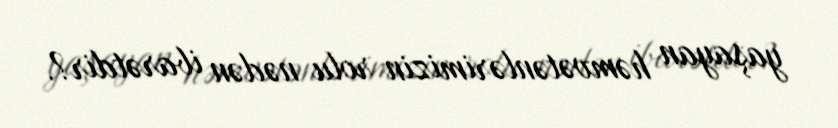
yaşayan həmvətənlərimizin rolu nədən ibarətdir?.